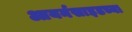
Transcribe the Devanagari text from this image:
आयर्नसाइडच्या